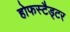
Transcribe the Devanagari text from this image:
होफस्टैड्टर